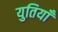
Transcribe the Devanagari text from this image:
युतियाँ